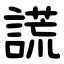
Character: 謊